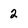
Character: 2